38_143685_box_Incident_Summaries_173-233
Agency: Department of War
Page 24
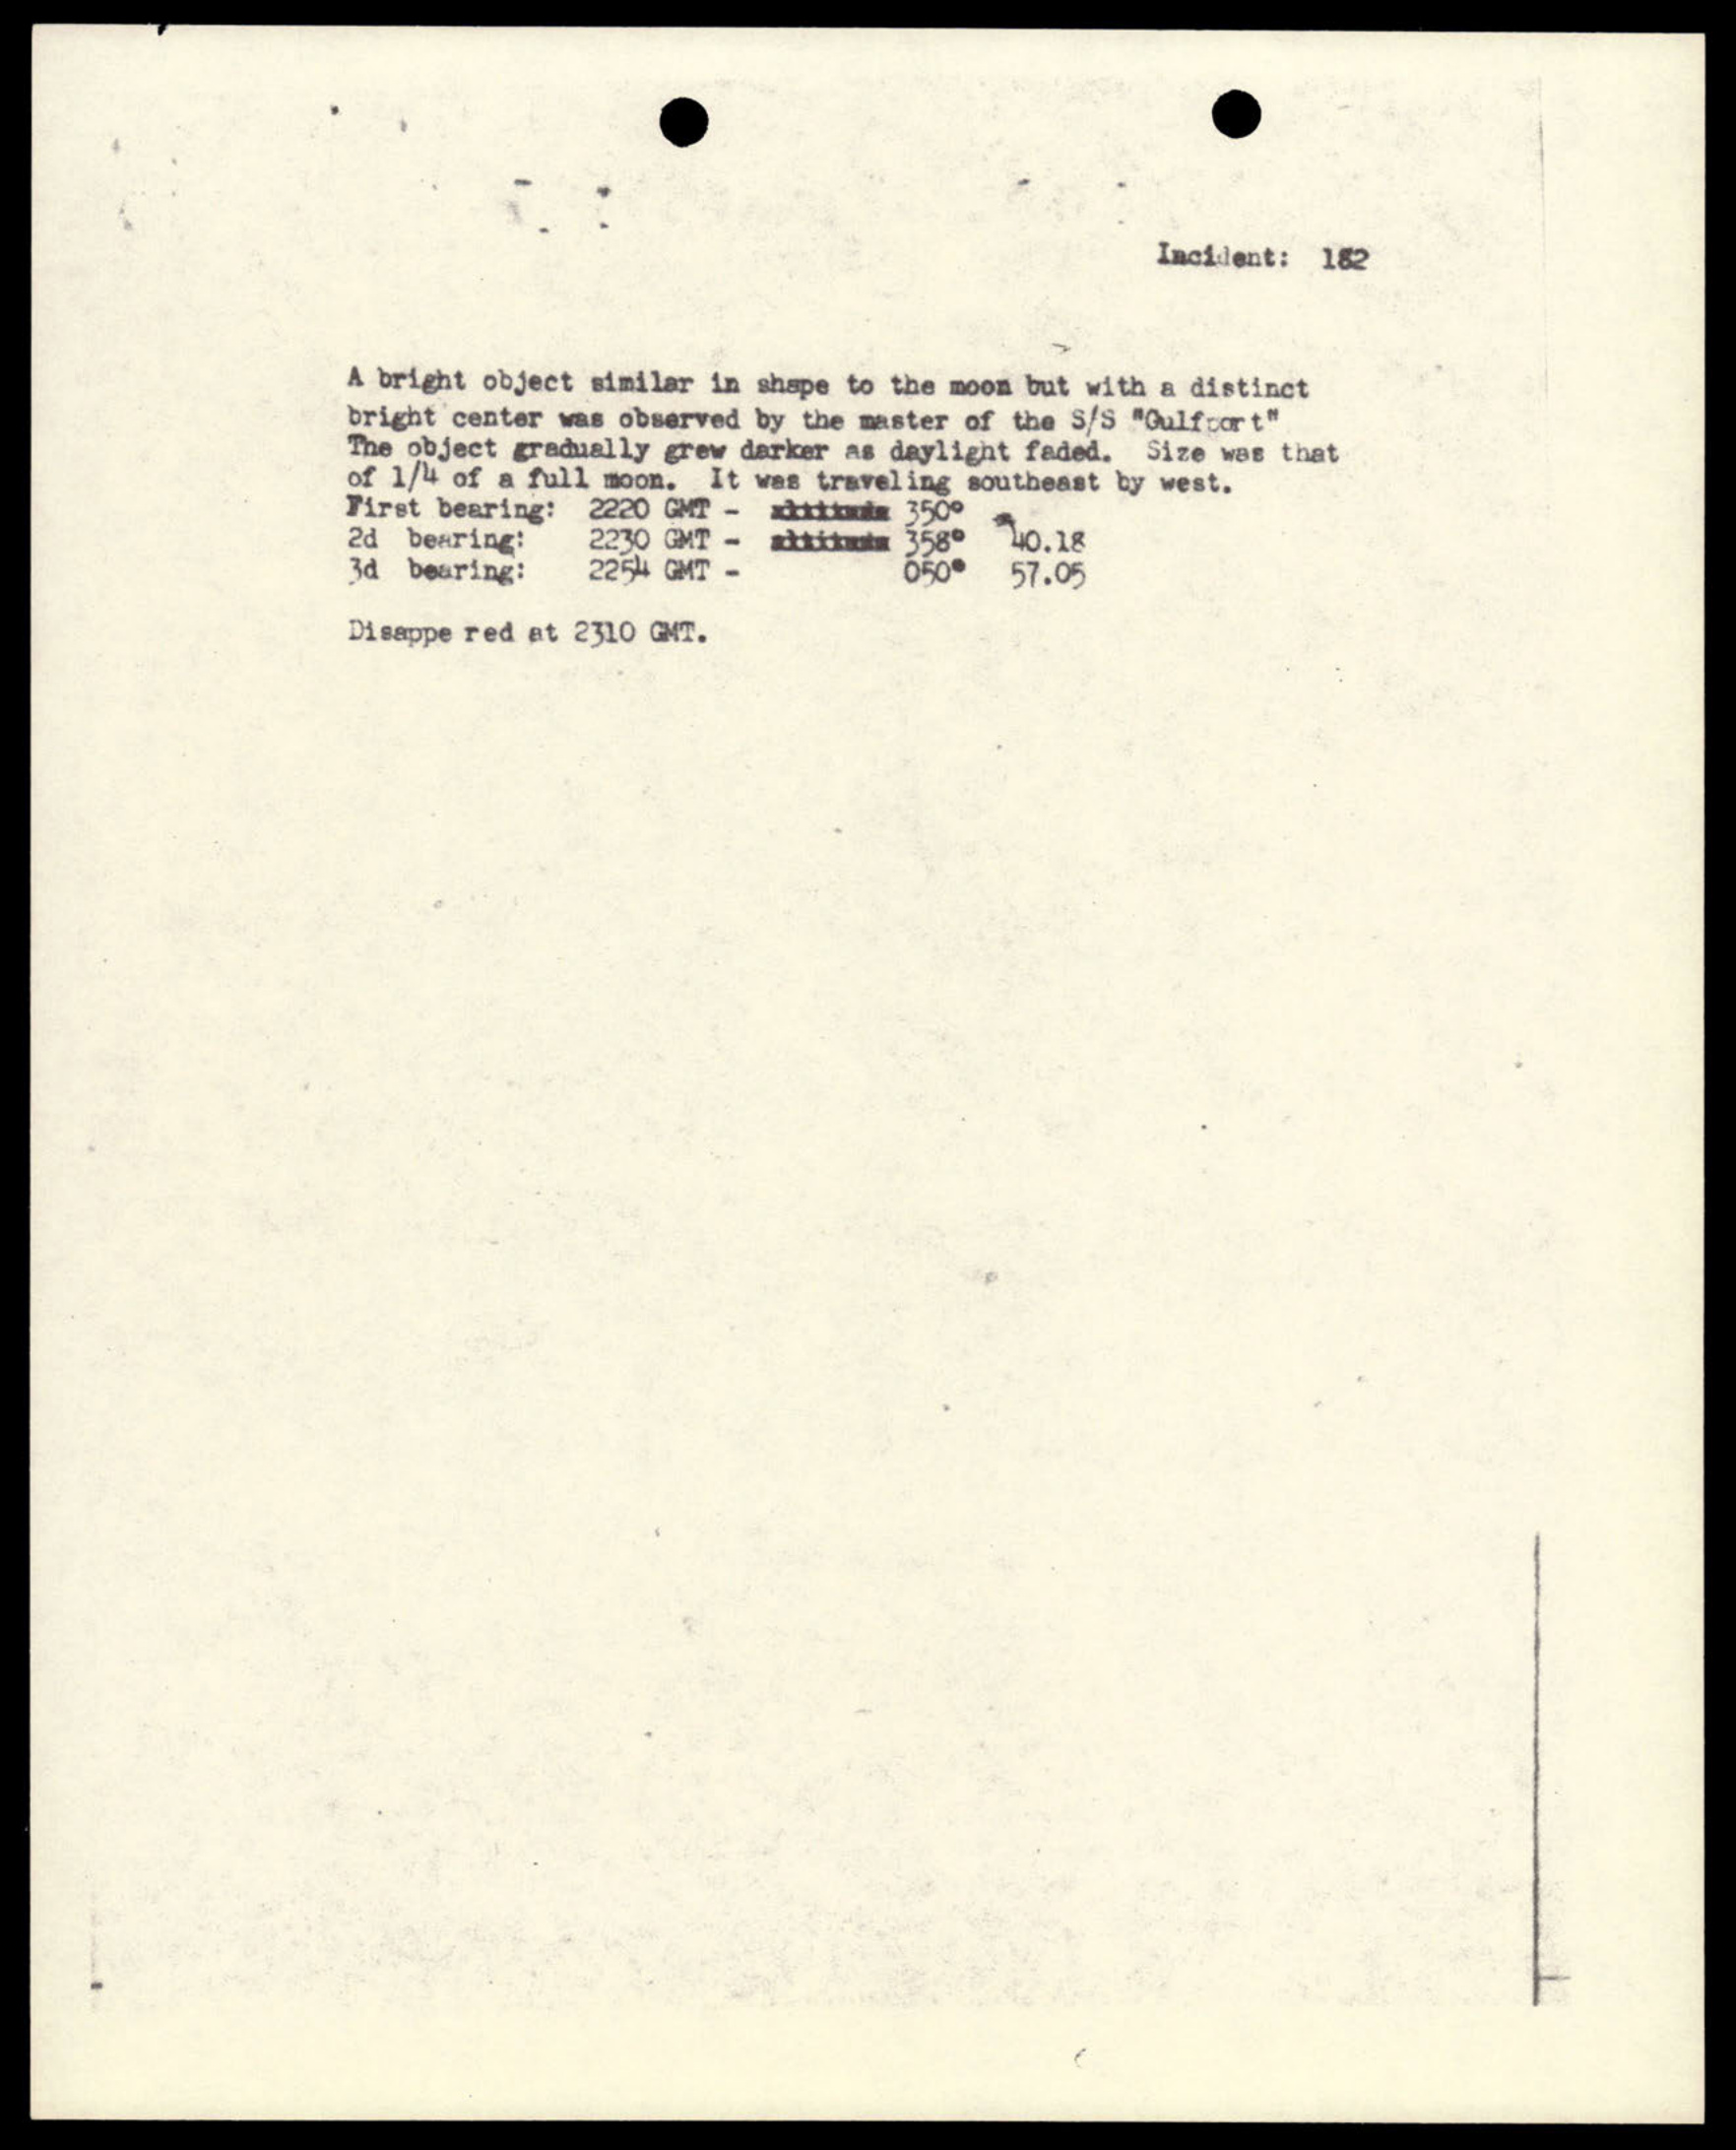